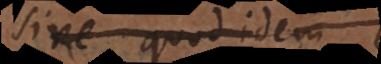
sive quod idem